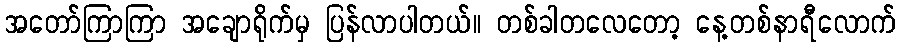
အတော်ကြာကြာ အချောရိုက်မှ ပြန်လာပါတယ်။ တစ်ခါတလေတော့ နေ့တစ်နာရီလောက်